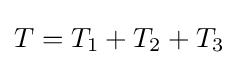
T=T_{1}+T_{2}+T_{3}